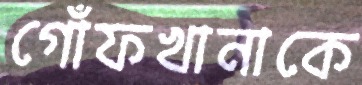
গোঁফখানাকে